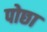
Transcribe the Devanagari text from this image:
पोछा